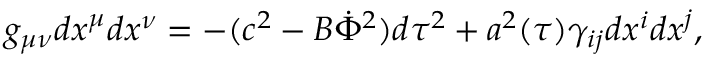
g _ { \mu \nu } d x ^ { \mu } d x ^ { \nu } = - ( c ^ { 2 } - B \dot { \Phi } ^ { 2 } ) d \tau ^ { 2 } + a ^ { 2 } ( \tau ) \gamma _ { i j } d x ^ { i } d x ^ { j } ,